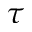
\tau